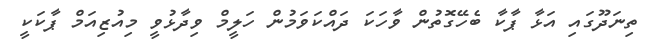
ތިނަދޫގައި އަޅާ ޕާކާ ބެހޭގޮތުން ވާހަކަ ދައްކަވަމުން ހަލީމް ވިދާޅުވީ މިއުޒިއަމް ޕާކަކީ